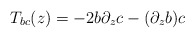
\begin{align*}T_{bc}(z) = -2b\partial_z c -(\partial_z b) c\end{align*}